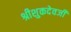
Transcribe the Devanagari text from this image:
श्रीशुकदेवजी